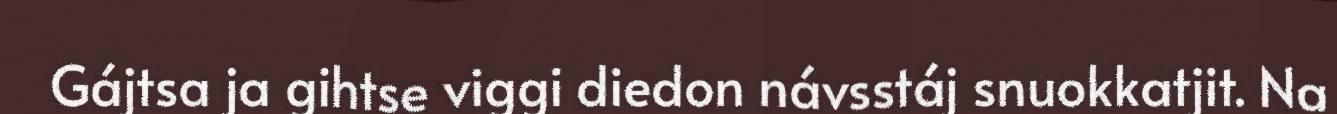
Gájtsa ja gihtse viggi diedon návsstáj snuokkatjit. Na